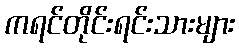
ကရင်တိုင်းရင်းသားများ